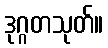
ဒုဂ္ဂတသုတ်။